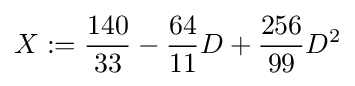
X:={\frac {140}{33}}-{\frac {64}{11}}D+{\frac {256}{99}}D^{2}